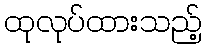
ထုလုပ်ထားသည့်